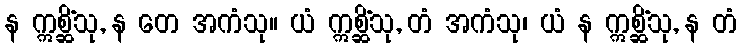
န ဣစ္ဆိံသု, န တေ အကံသု။ ယံ ဣစ္ဆိံသု, တံ အကံသု၊ ယံ န ဣစ္ဆိံသု, န တံ